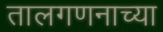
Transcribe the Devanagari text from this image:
तालगणनाच्या